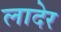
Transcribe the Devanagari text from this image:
लादेर